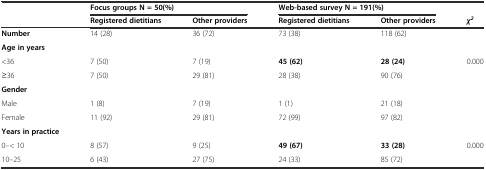
| <ROWSPAN=2>  | <COLSPAN=2> Focus groups N = 50(%) | <COLSPAN=2> Web-based survey N = 191(%) |  |
 | Registered dietitians | Other providers | Registered dietitians | Other providers | χ2 |
 | --- | --- | --- | --- | --- | --- |
 | Number | 14 (28) | 36 (72) | 73 (38) | 118 (62) |  |
 | Age in years |  |  |  |  |  |
 | <36 | 7 (50) | 7 (19) | 45 (62) | 28 (24) | 0.000 |
 | ≥36 | 7 (50) | 29 (81) | 28 (38) | 90 (76) |  |
 | Gender |  |  |  |  |  |
 | Male | 1 (8) | 7 (19) | 1 (1) | 21 (18) |  |
 | Female | 11 (92) | 29 (81) | 72 (99) | 97 (82) |  |
 | Years in practice |  |  |  |  |  |
 | 0–< 10 | 8 (57) | 9 (25) | 49 (67) | 33 (28) | 0.000 |
 | 10–25 | 6 (43) | 27 (75) | 24 (33) | 85 (72) |  |